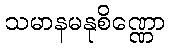
သမာနမနုစိဏ္ဏော